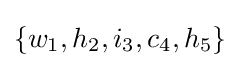
\{w_{1},h_{2},i_{3},c_{4},h_{5}\}